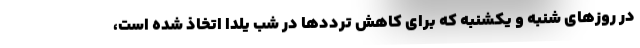
در روزهای شنبه و یکشنبه که برای کاهش ترددها در شب یلدا اتخاذ شده است،